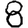
Digit: 8